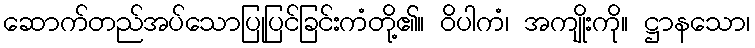
ဆောက်တည်အပ်သောပြုပြင်ခြင်းကံတို့၏။ ဝိပါကံ၊ အကျိုးကို။ ဋ္ဌာနသော၊